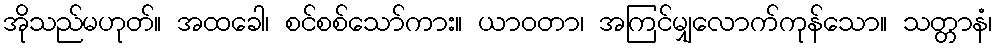
အိုသည်မဟုတ်။ အထခေါ၊ စင်စစ်သော်ကား။ ယာဝတာ၊ အကြင်မျှလောက်ကုန်သော။ သတ္တာနံ၊